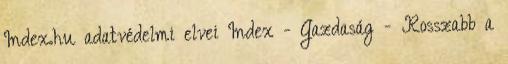
Index.hu adatvédelmi elvei Index - Gazdaság - Rosszabb a